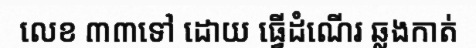
លេខ ៣៣ទៅ ដោយ ធ្វើដំណើរ ឆ្លងកាត់